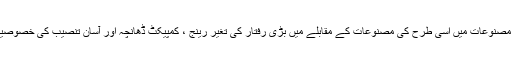
اس کی مصنوعات میں اسی طرح کی مصنوعات کے مقابلے میں بڑی رفتار کی تغیر رینج ، کمپیکٹ ڈھانچہ اور آسان تنصیب کی خصوصیات ہیں۔